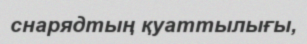
снарядтың қуаттылығы,